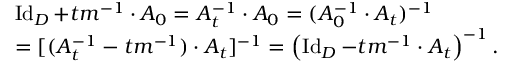
\begin{array} { r l } & { \operatorname { I d } _ { D } + t m ^ { - 1 } \cdot A _ { 0 } = A _ { t } ^ { - 1 } \cdot A _ { 0 } = ( A _ { 0 } ^ { - 1 } \cdot A _ { t } ) ^ { - 1 } } \\ & { = [ ( A _ { t } ^ { - 1 } - t m ^ { - 1 } ) \cdot A _ { t } ] ^ { - 1 } = \left( \operatorname { I d } _ { D } - t m ^ { - 1 } \cdot A _ { t } \right) ^ { - 1 } . } \end{array}